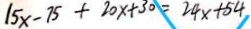
1 5 x - 7 5 + 2 0 x + 3 0 = 2 4 x + 5 4